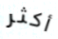
أكثر